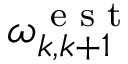
\omega _ { k , k + 1 } ^ { \textrm { e s t } }